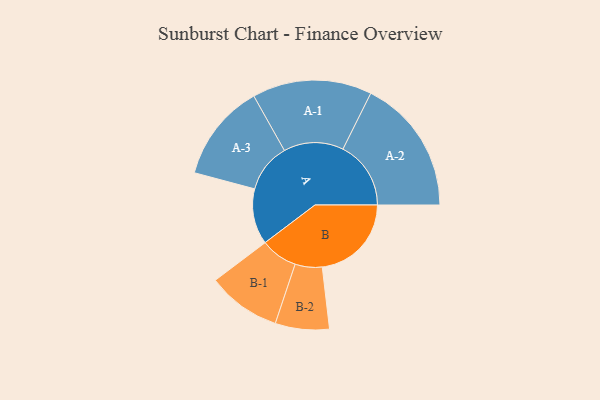
{"axis": {"x": "Segment", "y": "Value"}, "legend": ["", "A", "B"], "data": [{"x": "A", "y": 231, "type": ""}, {"x": "B", "y": 370, "type": ""}, {"x": "A-1", "y": 248, "type": "A"}, {"x": "A-2", "y": 282, "type": "A"}, {"x": "A-3", "y": 203, "type": "A"}, {"x": "B-1", "y": 153, "type": "B"}, {"x": "B-2", "y": 112, "type": "B"}]}